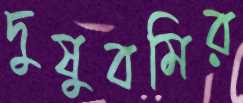
দুষুবমির